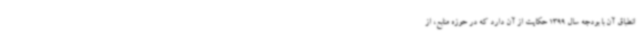
انطباق آن با بودجه سال 1399 حکایت از آن دارد که در حوزه منابع، از